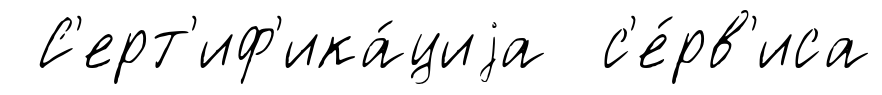
С'ерт'иф'ика́циjа с'е́рв'иса